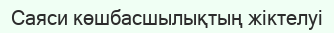
Саяси көшбасшылықтың жіктелуі